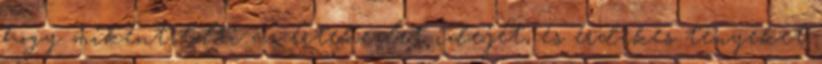
hogy miként tölti az értekezlet idejét, és érdekes tényeket